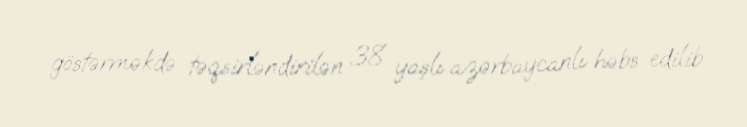
göstərməkdə təqsirləndirilən 38 yaşlı azərbaycanlı həbs edilib.